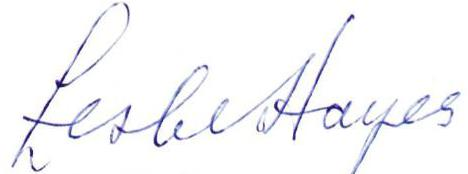
Leslie Hayes